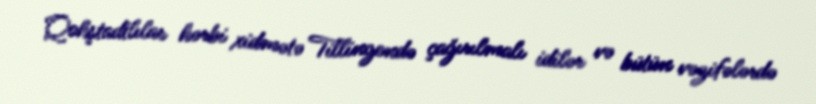
Qohştadtlılar hərbi xidmətə Tillingendə çağırılmalı idilər və bütün vəzifələrdə